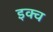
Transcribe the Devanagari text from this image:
इक्व